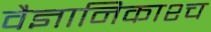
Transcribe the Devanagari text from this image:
वैज्ञानिकाश्च